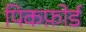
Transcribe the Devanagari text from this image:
पिकफ़ोर्ड